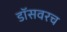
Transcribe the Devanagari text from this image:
डॉसवरच